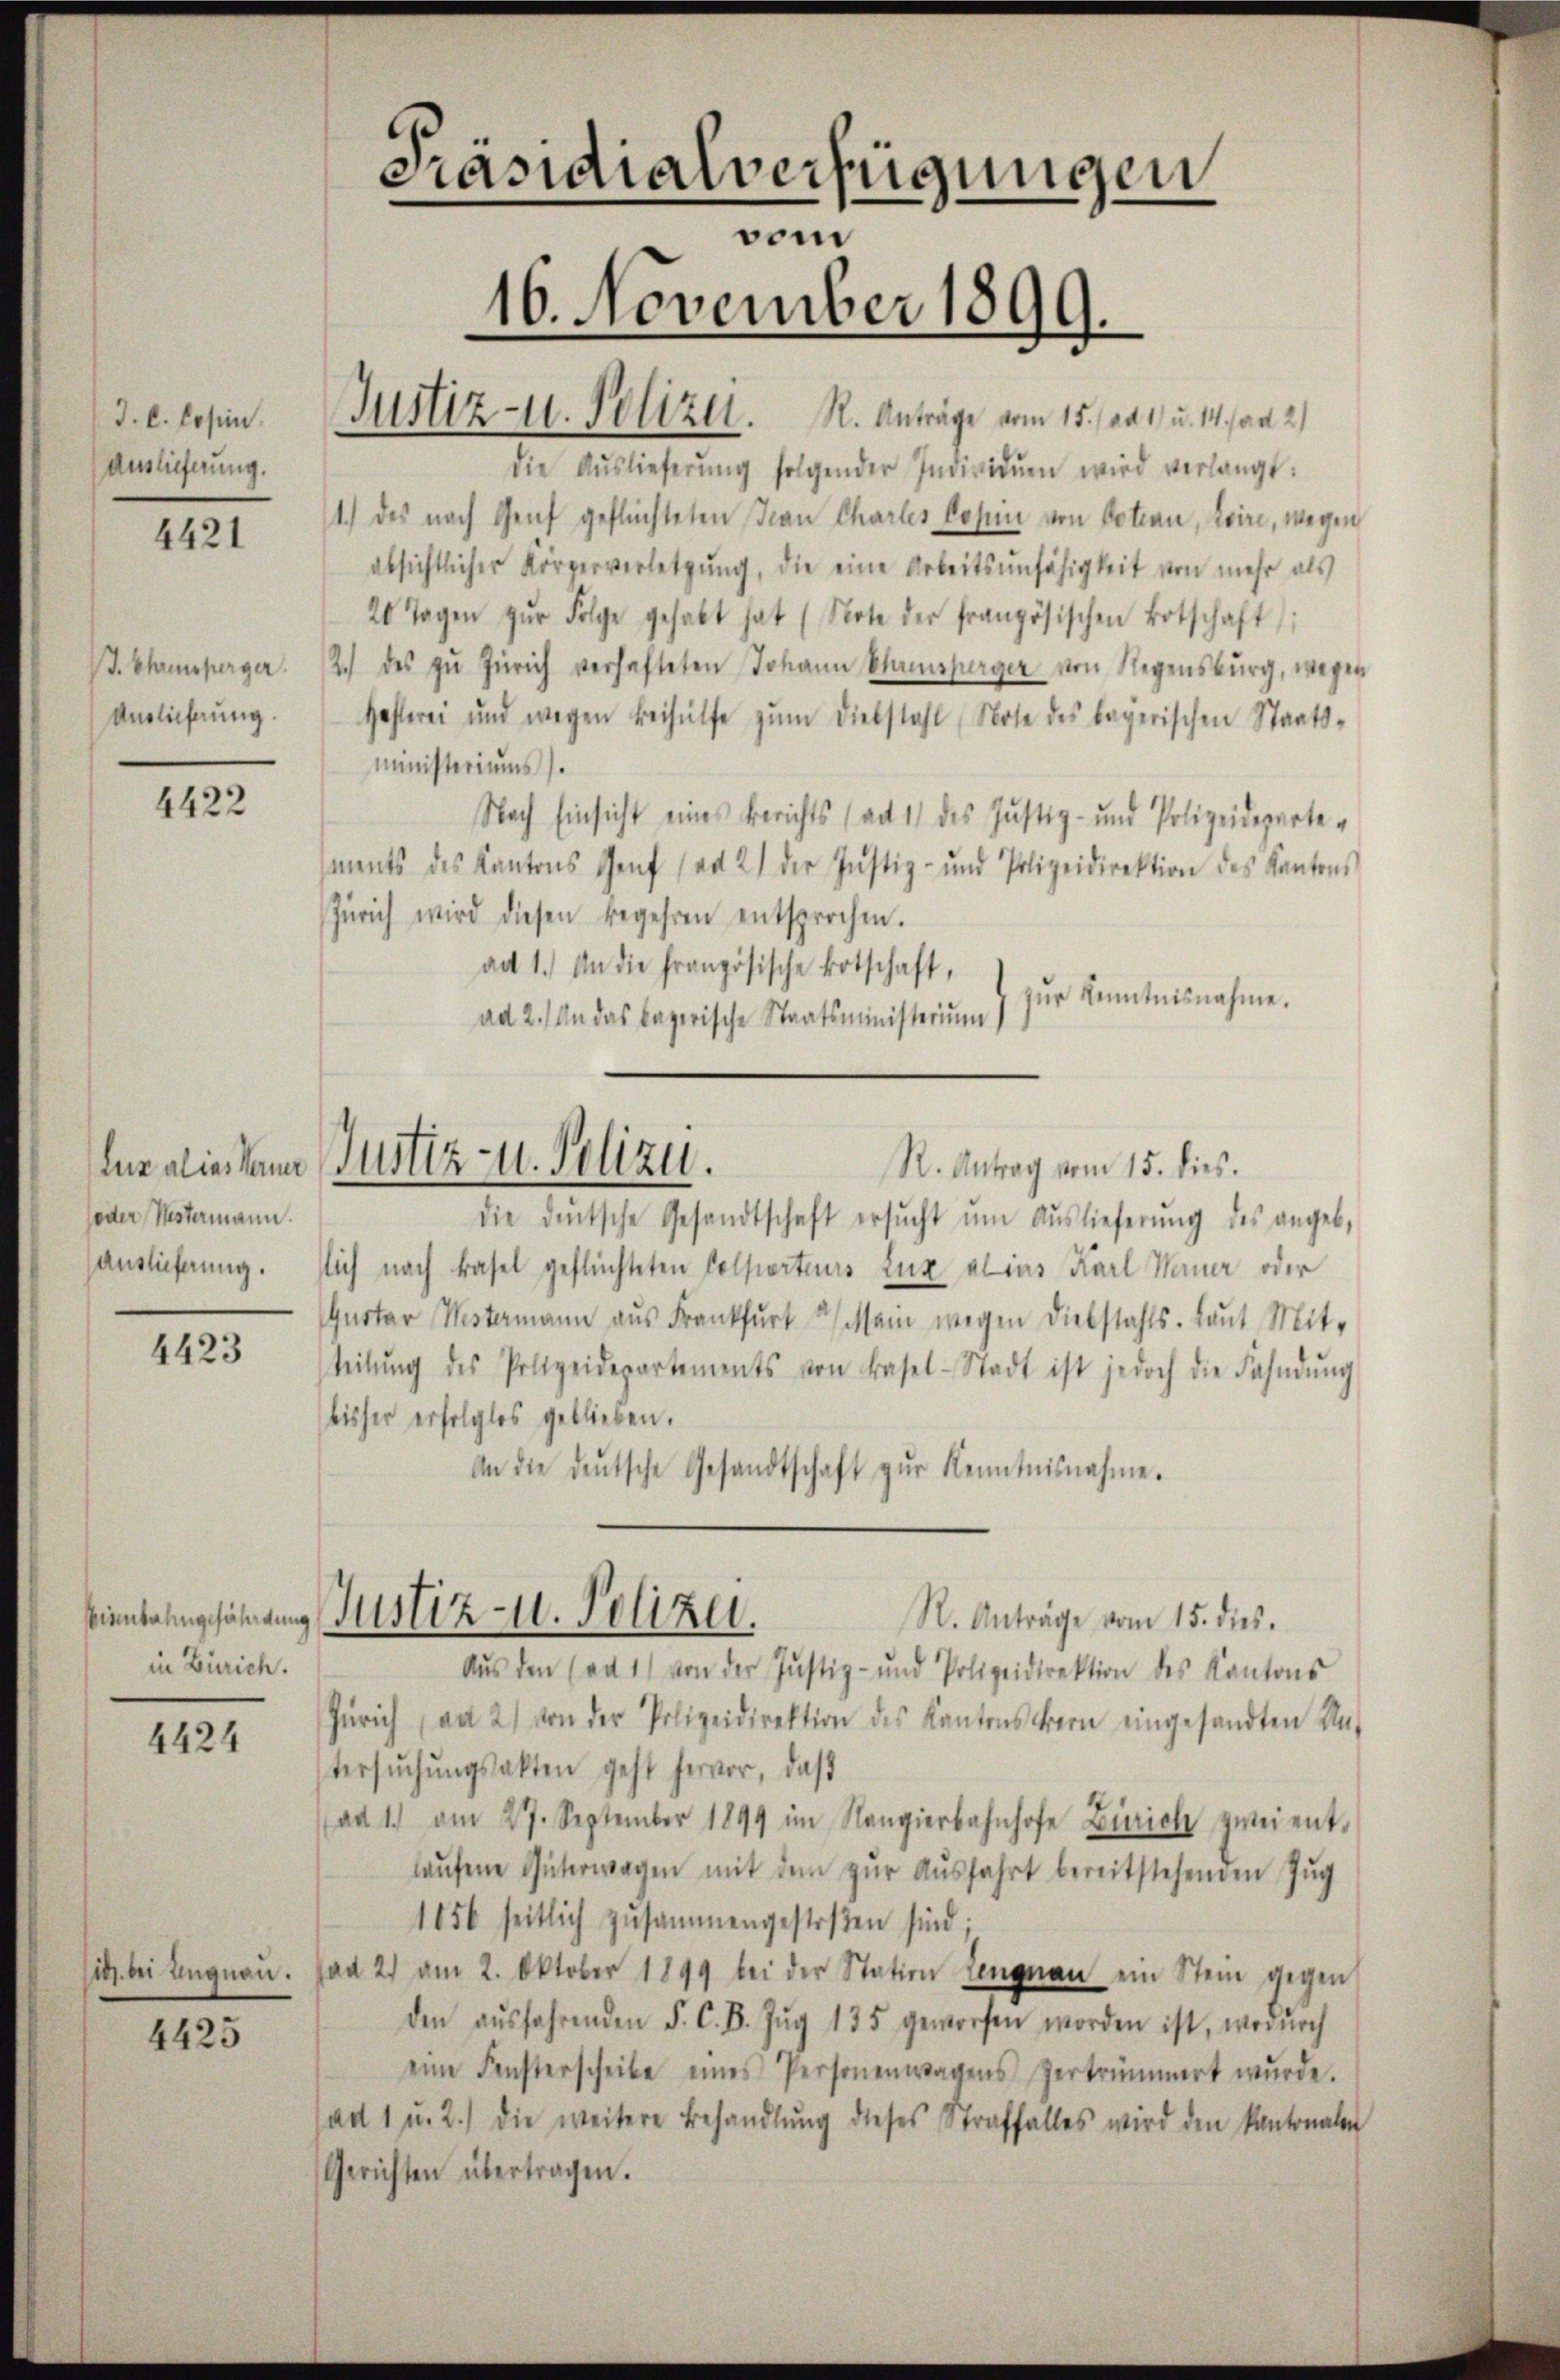
J. C. Lesen.
Auslieferung.

4421

J. Chrisperger.
Anglicherung.

4422

foder Westermann.
Auslieferung.

4423

Eisenbahngefährdung
in Zürich.

4424

it. bei Ungnau.

4425

Präsidialverfügungen
vom
16. November 1899.

Justiz- u. Polizer. R. Anträge vom 15. ad 1. u. M. an 2

die Aŭslieferŭng folgender Individuen wird verlangt:
1.) des nach Genf geflüchteten Jean Charles Lohn von Botean, Loire, wegen
absichtlicher Körperverletzŭng, die eine Arbeitsunfähigkeit von mehr als
20 Tagen zŭr Folge gehabt hat (Note der französischen Botschaft
2.) des zu Zürich verhafteten Johann Shamsperger von Regensburg, wegen
Hoflerei und wegen Beihülfe zŭm Diebstahl Note des bayerischen Staats-
ministeriums
Nach Einsicht eines Berichts (ad 1) des Justiz- und Polizeideparte
ments des Kantons Genf (ad 2) der Justiz- und Polizeidirektion des Kantons
Zürich wird diesen begehren entsprochen.
ad 1.) An die Französische Botschaft,
zur Kenntnisnahme.
ad 2.) An das bayerische Staatsministerium)

lns alier kann Justiz- u. Polizei.
R. Antrag vom 15. dies.

Justiz- u. Polizei.
R. Anträge vom 15. dies.

die deutsche Gesandtschaft ersŭcht ŭm Aŭslieferŭng des angeb,
lich nach Basel geflüchteten Colporteurs Lux alins Karl Mauer oder
Quoter Westermann aus Frankfurt Mein wegen Diebstahls. Laut Mit-
teilŭng des Polizeidepartements von Basel-Stadt ist jedoch die Fahndŭng
bisher erfolglos geblieben.
An die deutsche Gesandtschaft zŭr Kenntnisnahme.
Aŭs den (ad 1) von der Justiz- und Polizeidirektion des Kantons
Zürich an 2) von der Polizeidirektion des Kantonsern eingesandten Un-
tersŭchŭngsakten geht hervor, daß
ad 1. am 27. September 1899 im Rangierbahnhofe Zürich zwei ent-
laŭfene Güterwagen mit dem zŭr Aŭsfahrt bereitstehenden Zŭg
1856 seitlich zusammengestoßen sind;
ad 2. am 2. Oktober 1899 bei der Station Lengnau ein Stein gegen
den aŭsfahrenden F. C. B. Zŭg 135 geworfen worden ist, wornach
eine Fensterscheibe eines Personenwagens zertrümmert wurde.
ad 1, u. 2.) die weitere Behandlŭng dieses Straffalles wird den Kantonalen
Gerichten übertragen.